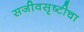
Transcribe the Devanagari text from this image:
सजीवसृष्टीचा